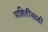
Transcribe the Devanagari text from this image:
माहितींसाठी